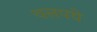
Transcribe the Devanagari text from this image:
चलपथे